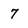
Character: 7